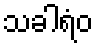
သခါရံဝ